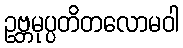
ဥဗ္ဘမုပ္ပတိတလောမဝါ